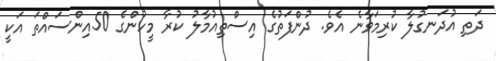
ދަތި އުދަނގުލާ ކުރިމަވާނެ އެވެ. ދުންފަތުގެ އިސްތިއުމާލު ކުރާ މީހުންގެ 50އިންސައްތަ އަކީ